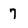
Character: 7